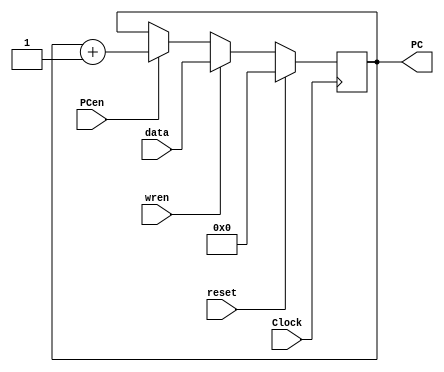
module r7counter(data, PCen, wren, Clock, PC, reset);
	input [5:0] data;
	input PCen, Clock, wren, reset;
	output reg [5:0] PC;
	
	initial begin
		PC <= 6'b0;
	end
	
	always @(posedge Clock)
		if(reset == 1'b1)
		begin
			PC <= 6'b0;
		end
		
		else if (wren == 1'b1)
		begin
			PC <= data;
		end
		
		else if(PCen == 1'b1)
		begin
			PC <= PC + 6'b000001;
		end
endmodule